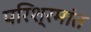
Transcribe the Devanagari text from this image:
परिश्रमांत